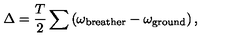
\Delta = \frac { T } { 2 } \sum \left( \omega _ { \mathrm { b r e a t h e r } } - \omega _ { \mathrm { g r o u n d } } \right) ,